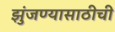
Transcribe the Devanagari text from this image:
झुंजण्यासाठीची